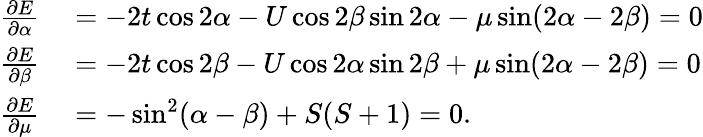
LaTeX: \begin{array}{rl}{\frac{\partial E}{\partial\alpha}}&{{}=-2t\cos 2\alpha-U\cos 2\beta\sin 2\alpha-\mu\sin(2\alpha-2\beta)=0}\\ {\frac{\partial E}{\partial\beta}}&{{}=-2t\cos 2\beta-U\cos 2\alpha\sin 2\beta+\mu\sin(2\alpha-2\beta)=0}\\ {\frac{\partial E}{\partial\mu}}&{{}=-\sin^{2}(\alpha-\beta)+S(S+1)=0.}\end{array}